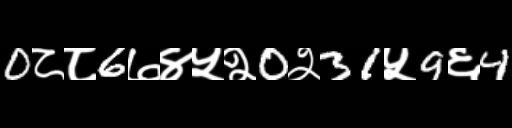
Text: 0८८6७४५२0२31५9६4